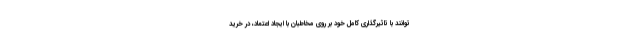
توانند با تاثیرگذاری کامل خود بر روی مخاطبان با ایجاد اعتماد، در خرید